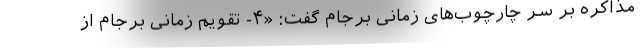
مذاکره بر سر چارچوب‌های زمانی برجام گفت: «۴- تقویم زمانی برجام از